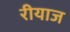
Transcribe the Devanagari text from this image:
रीयाज